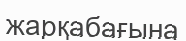
жарқабағына